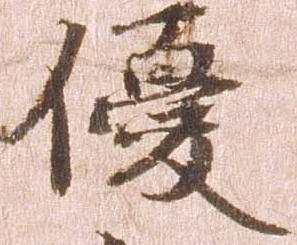
優